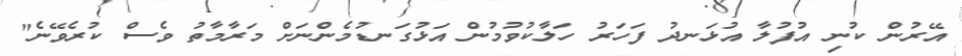
އޭރުން ކުނި އުފުލާ އުޅަނދު ފަހަރު ހަލާކުވުމުން އަޅުގަނޑުމެންނަށް މަރާމާތު ވެސް ކުރެވޭނެ"